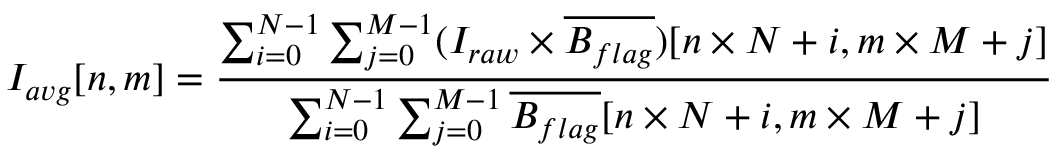
I _ { a v g } [ n , m ] = \frac { \sum _ { i = 0 } ^ { N - 1 } \sum _ { j = 0 } ^ { M - 1 } ( I _ { r a w } \times \overline { { B _ { f l a g } } } ) [ n \times N + i , m \times M + j ] } { \sum _ { i = 0 } ^ { N - 1 } \sum _ { j = 0 } ^ { M - 1 } \overline { { B _ { f l a g } } } [ n \times N + i , m \times M + j ] }